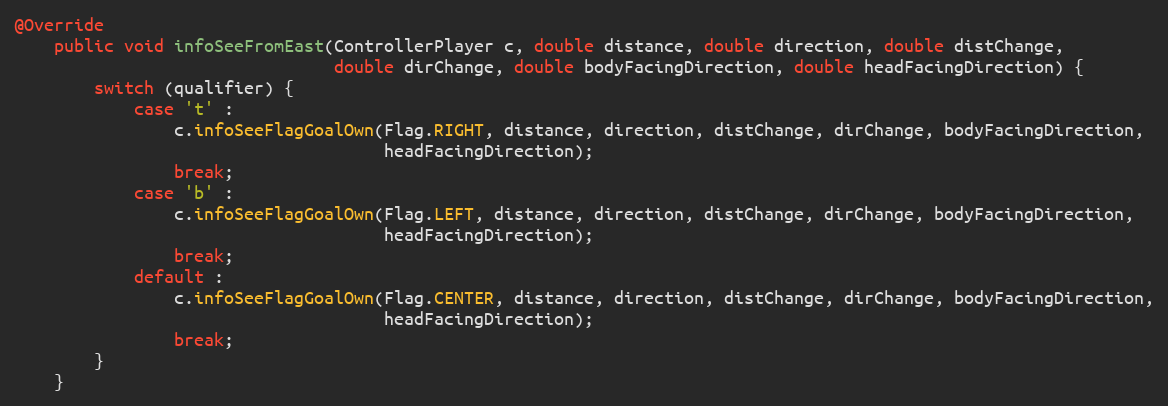
Language: Java
@Override
    public void infoSeeFromEast(ControllerPlayer c, double distance, double direction, double distChange,
                                double dirChange, double bodyFacingDirection, double headFacingDirection) {
        switch (qualifier) {
            case 't' :
                c.infoSeeFlagGoalOwn(Flag.RIGHT, distance, direction, distChange, dirChange, bodyFacingDirection,
                                     headFacingDirection);
                break;
            case 'b' :
                c.infoSeeFlagGoalOwn(Flag.LEFT, distance, direction, distChange, dirChange, bodyFacingDirection,
                                     headFacingDirection);
                break;
            default :
                c.infoSeeFlagGoalOwn(Flag.CENTER, distance, direction, distChange, dirChange, bodyFacingDirection,
                                     headFacingDirection);
                break;
        }
    }